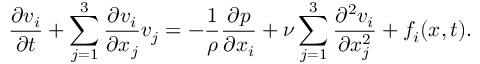
{ \frac { \partial v _ { i } } { \partial t } } + \sum _ { j = 1 } ^ { 3 } { \frac { \partial v _ { i } } { \partial x _ { j } } } v _ { j } = - { \frac { 1 } { \rho } } { \frac { \partial p } { \partial x _ { i } } } + \nu \sum _ { j = 1 } ^ { 3 } { \frac { \partial ^ { 2 } v _ { i } } { \partial x _ { j } ^ { 2 } } } + f _ { i } ( { \boldsymbol { x } } , t ) .